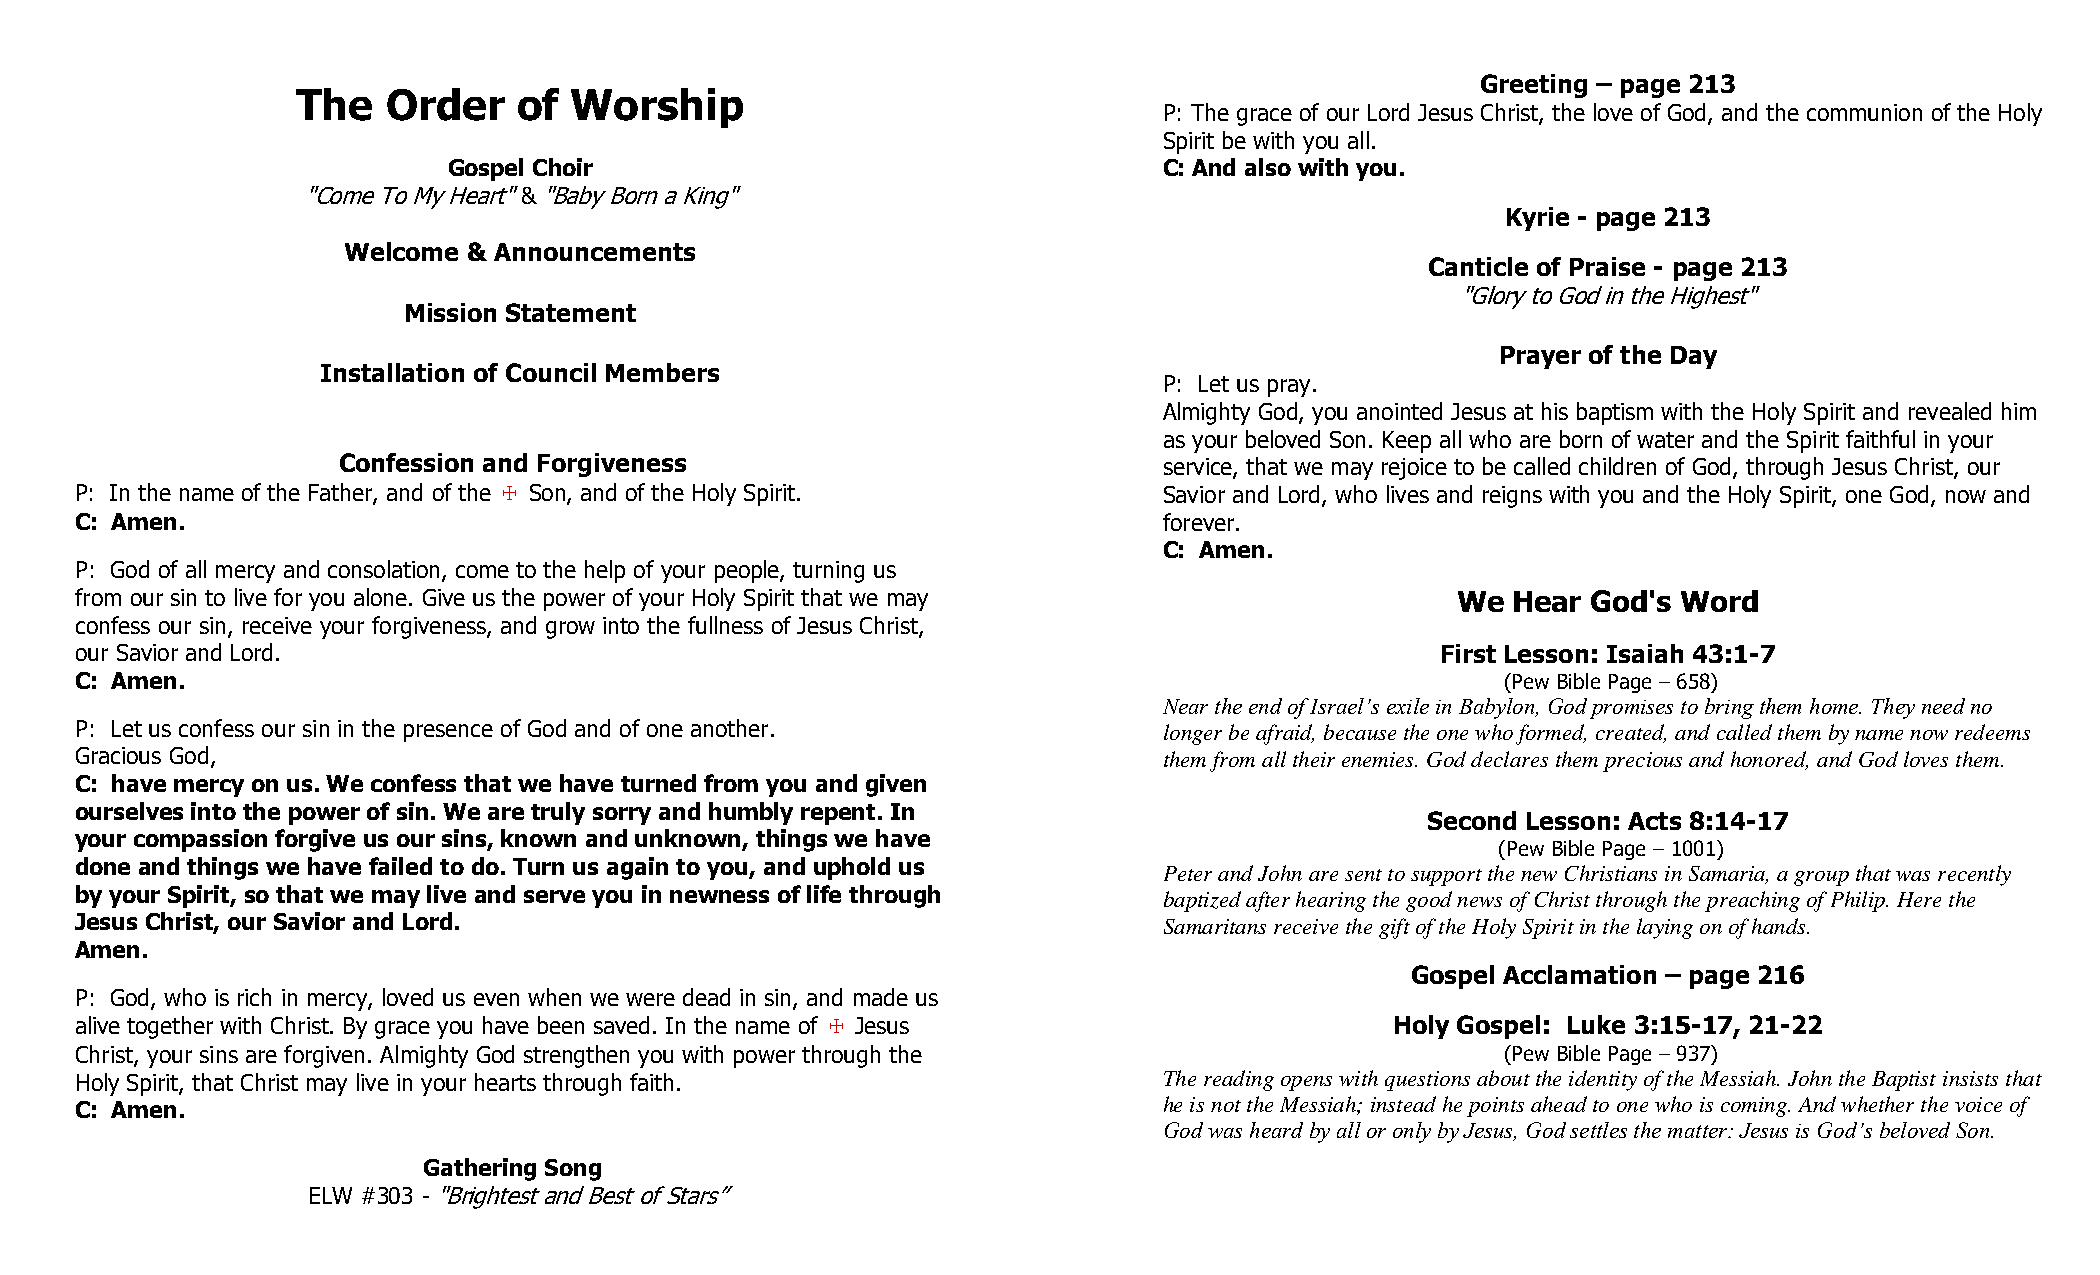
Greeting – page 213
 The   Order   of  Worship
 P: The grace of our Lord Jesus Christ, the love of God, and the communion of the Holy
 Spirit be with you all.
 Gospel Choir                                   C: And also with you.
 "Come To My Heart" & "Baby Born a King"
 Kyrie - page 213
 Welcome & Announcements
 Canticle of Praise - page 213
 "Glory to God in the Highest"
 Mission Statement
 Prayer of the Day
 Installation of Council Members
 P: Let us pray.
 Almighty God, you anointed Jesus at his baptism with the Holy Spirit and revealed him
 as your beloved Son. Keep all who are born of water and the Spirit faithful in your
 Confession and Forgiveness                             service, that we may rejoice to be called children of God, through Jesus Christ, our
 P: In the name of the Father, and of the ☩ Son, and of the Holy Spirit. Savior and Lord, who lives and reigns with you and the Holy Spirit, one God, now and
 C: Amen.                                                                forever.
 C: Amen.
 P: God of all mercy and consolation, come to the help of your people, turning us
 from our sin to live for you alone. Give us the power of your Holy Spirit that we may      We  Hear God's Word
 confess our sin, receive your forgiveness, and grow into the fullness of Jesus Christ,
 our Savior and Lord.                                                                      First Lesson: Isaiah 43:1-7
 C: Amen.                                                                                       (Pew Bible Page – 658)
 Near the end of Israel’s exile in Babylon, God promises to bring them home. They need no
 P: Let us confess our sin in the presence of God and of one another.    longer be afraid, because the one who formed, created, and called them by name now redeems
 Gracious God,                                                           them from all their enemies. God declares them precious and honored, and God loves them.
 C: have mercy on us. We confess that we have turned from you and given
 ourselves into the power of sin. We are truly sorry and humbly repent. In
 Second Lesson: Acts 8:14-17
 your compassion forgive us our sins, known and unknown, things we have
 (Pew Bible Page – 1001)
 done and things we have failed to do. Turn us again to you, and uphold us Peter and John are sent to support the new Christians in Samaria, a group that was recently
 by your Spirit, so that we may live and serve you in newness of life through baptized after hearing the good news of Christ through the preaching of Philip. Here the
 Jesus Christ, our Savior and Lord.                                      Samaritans receive the gift of the Holy Spirit in the laying on of hands.
 Amen.
 Gospel Acclamation – page 216
 P: God, who is rich in mercy, loved us even when we were dead in sin, and made us
 alive together with Christ. By grace you have been saved. In the name of ☩ Jesus       Holy Gospel: Luke 3:15-17, 21-22
 Christ, your sins are forgiven. Almighty God strengthen you with power through the             (Pew Bible Page – 937)
 Holy Spirit, that Christ may live in your hearts through faith.         The reading opens with questions about the identity of the Messiah. John the Baptist insists that
 C: Amen.                                                                he is not the Messiah; instead he points ahead to one who is coming. And whether the voice of
 God was heard by all or only by Jesus, God settles the matter: Jesus is God’s beloved Son.
 Gathering Song
 ELW #303 - "Brightest and Best of Stars”